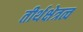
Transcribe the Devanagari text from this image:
तीर्थक्षेत्रत्व